Indian journal of veterinary science and animal husbandry - Volumes 22-23, 1952-1953
Year: 1952
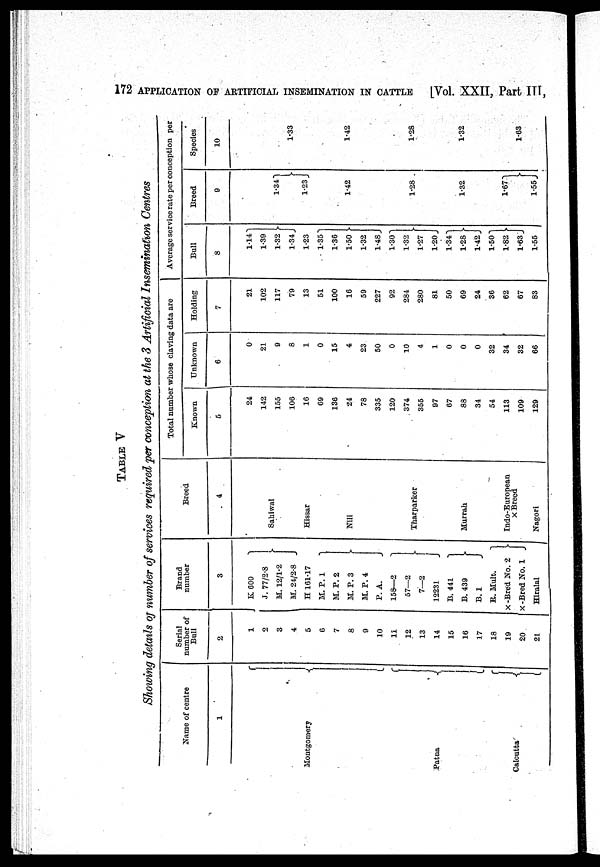
172 APPLICATION OF ARTIFICIAL INSEMINATION IN CATTLE [Vol. XXII, Part III,
TABLE V
Showing details of number of services required per conception at the 3 Artificial Insemination Centres
Name of centre
1
Montgomery
Patna
Calcutta
Serial
number of
Bull
2
1
2
3
4
5
6
7
8
9
10
11
12
13
14
15
16
17
18
19
20
21
Brand
number
3
K 600
J. 77/2.8
M. 12/1.2
M. 24/2.8
H 161.17
M. P. 1
M. P. 2
M. P. 3
M. P. 4
P. A.
158—2
57—2
7—2
12231
B. 441
B. 439
B. 1
R. Mult.
X -Bred No. 2
X -Bred No. 1
Hiralal
Breed
4
Sahiwal
Hissar
Nili
Tharparker
Murrah
Indo-European
X Breed
Nagori
Total number whose claving data are
Known
5
24
142
155
106
16
69
136
24
78
335
120
374
355
97
67
88
34
54
113
109
129
Unknown
6
0
21
9
8
1
0
15
4
23
50
0
10
4
1
0
0
0
32
34
32
66
Holding
7
21
102
117
79
13
51
100
16
59
227
92
284
280
81
50
69
24
36
62
67
83
Average service rate per conception per
Bull
8
1.14
1.39
1.32
1.34
1.23
1.35
1.36
1.50
1.32
1.48
1.30
1.32
1.27
1.20
1.34
1.28
1.42
1.50
1.82
1.63
1.55
Breed
9
1.34
1.23
1.42
1.28
1.32
1.67
1.55
Species
10
1.33
1.42
1.28
1.32
1.63